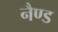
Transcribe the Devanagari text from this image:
नैण्ड